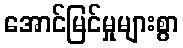
အောင်မြင်မှုများစွာ